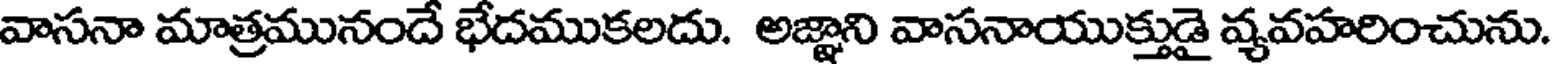
వాసనా మాత్రమునందే భేదముకలదు. అజ్ఞాని వాసనాయుక్తుడై వ్యవహరించును.